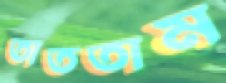
তাততাম